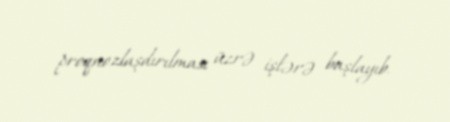
proqnozlaşdırılması üzrə işlərə başlayıb.